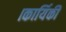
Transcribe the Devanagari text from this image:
।कार्यिकी